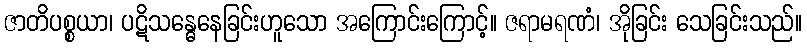
ဇာတိပစ္စယာ၊ ပဋိသန္ဓေနေခြင်းဟူသော အကြောင်းကြောင့်။ ဇရာမရဏံ၊ အိုခြင်း သေခြင်းသည်။